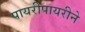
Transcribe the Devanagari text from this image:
पायरीपायरीने